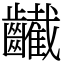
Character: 䶪